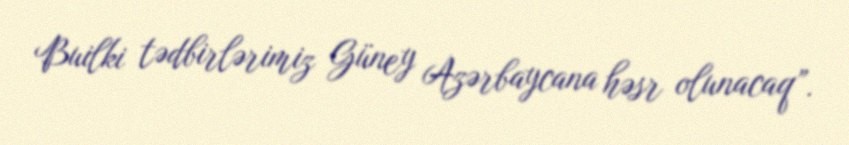
Builki tədbirlərimiz Güney Azərbaycana həsr olunacaq”.